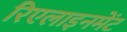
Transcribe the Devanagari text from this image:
रिएलाइनमेंट